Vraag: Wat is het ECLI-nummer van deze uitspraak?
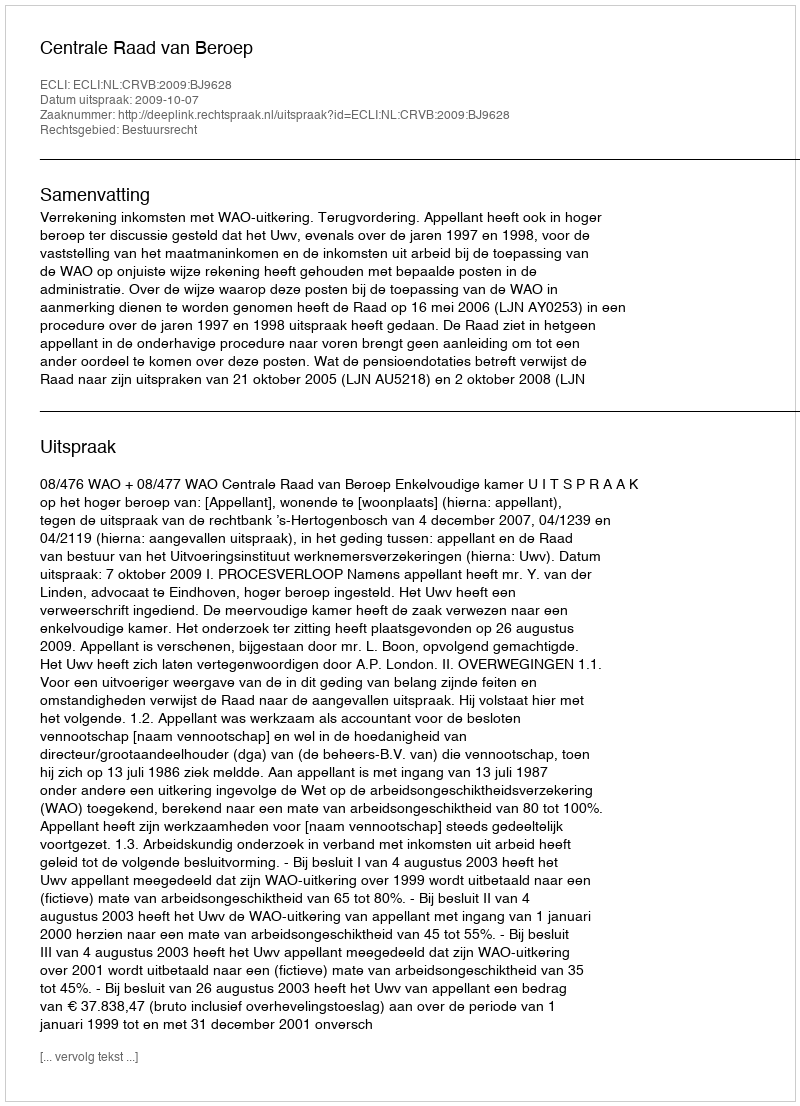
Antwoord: ECLI:NL:CRVB:2009:BJ9628